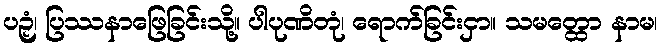
ပဉှံ၊ ပြဿနာဖြေခြင်းသို့။ ပါပုဏိတုံ၊ ရောက်ခြင်းငှာ။ သမတ္ထော နာမ၊